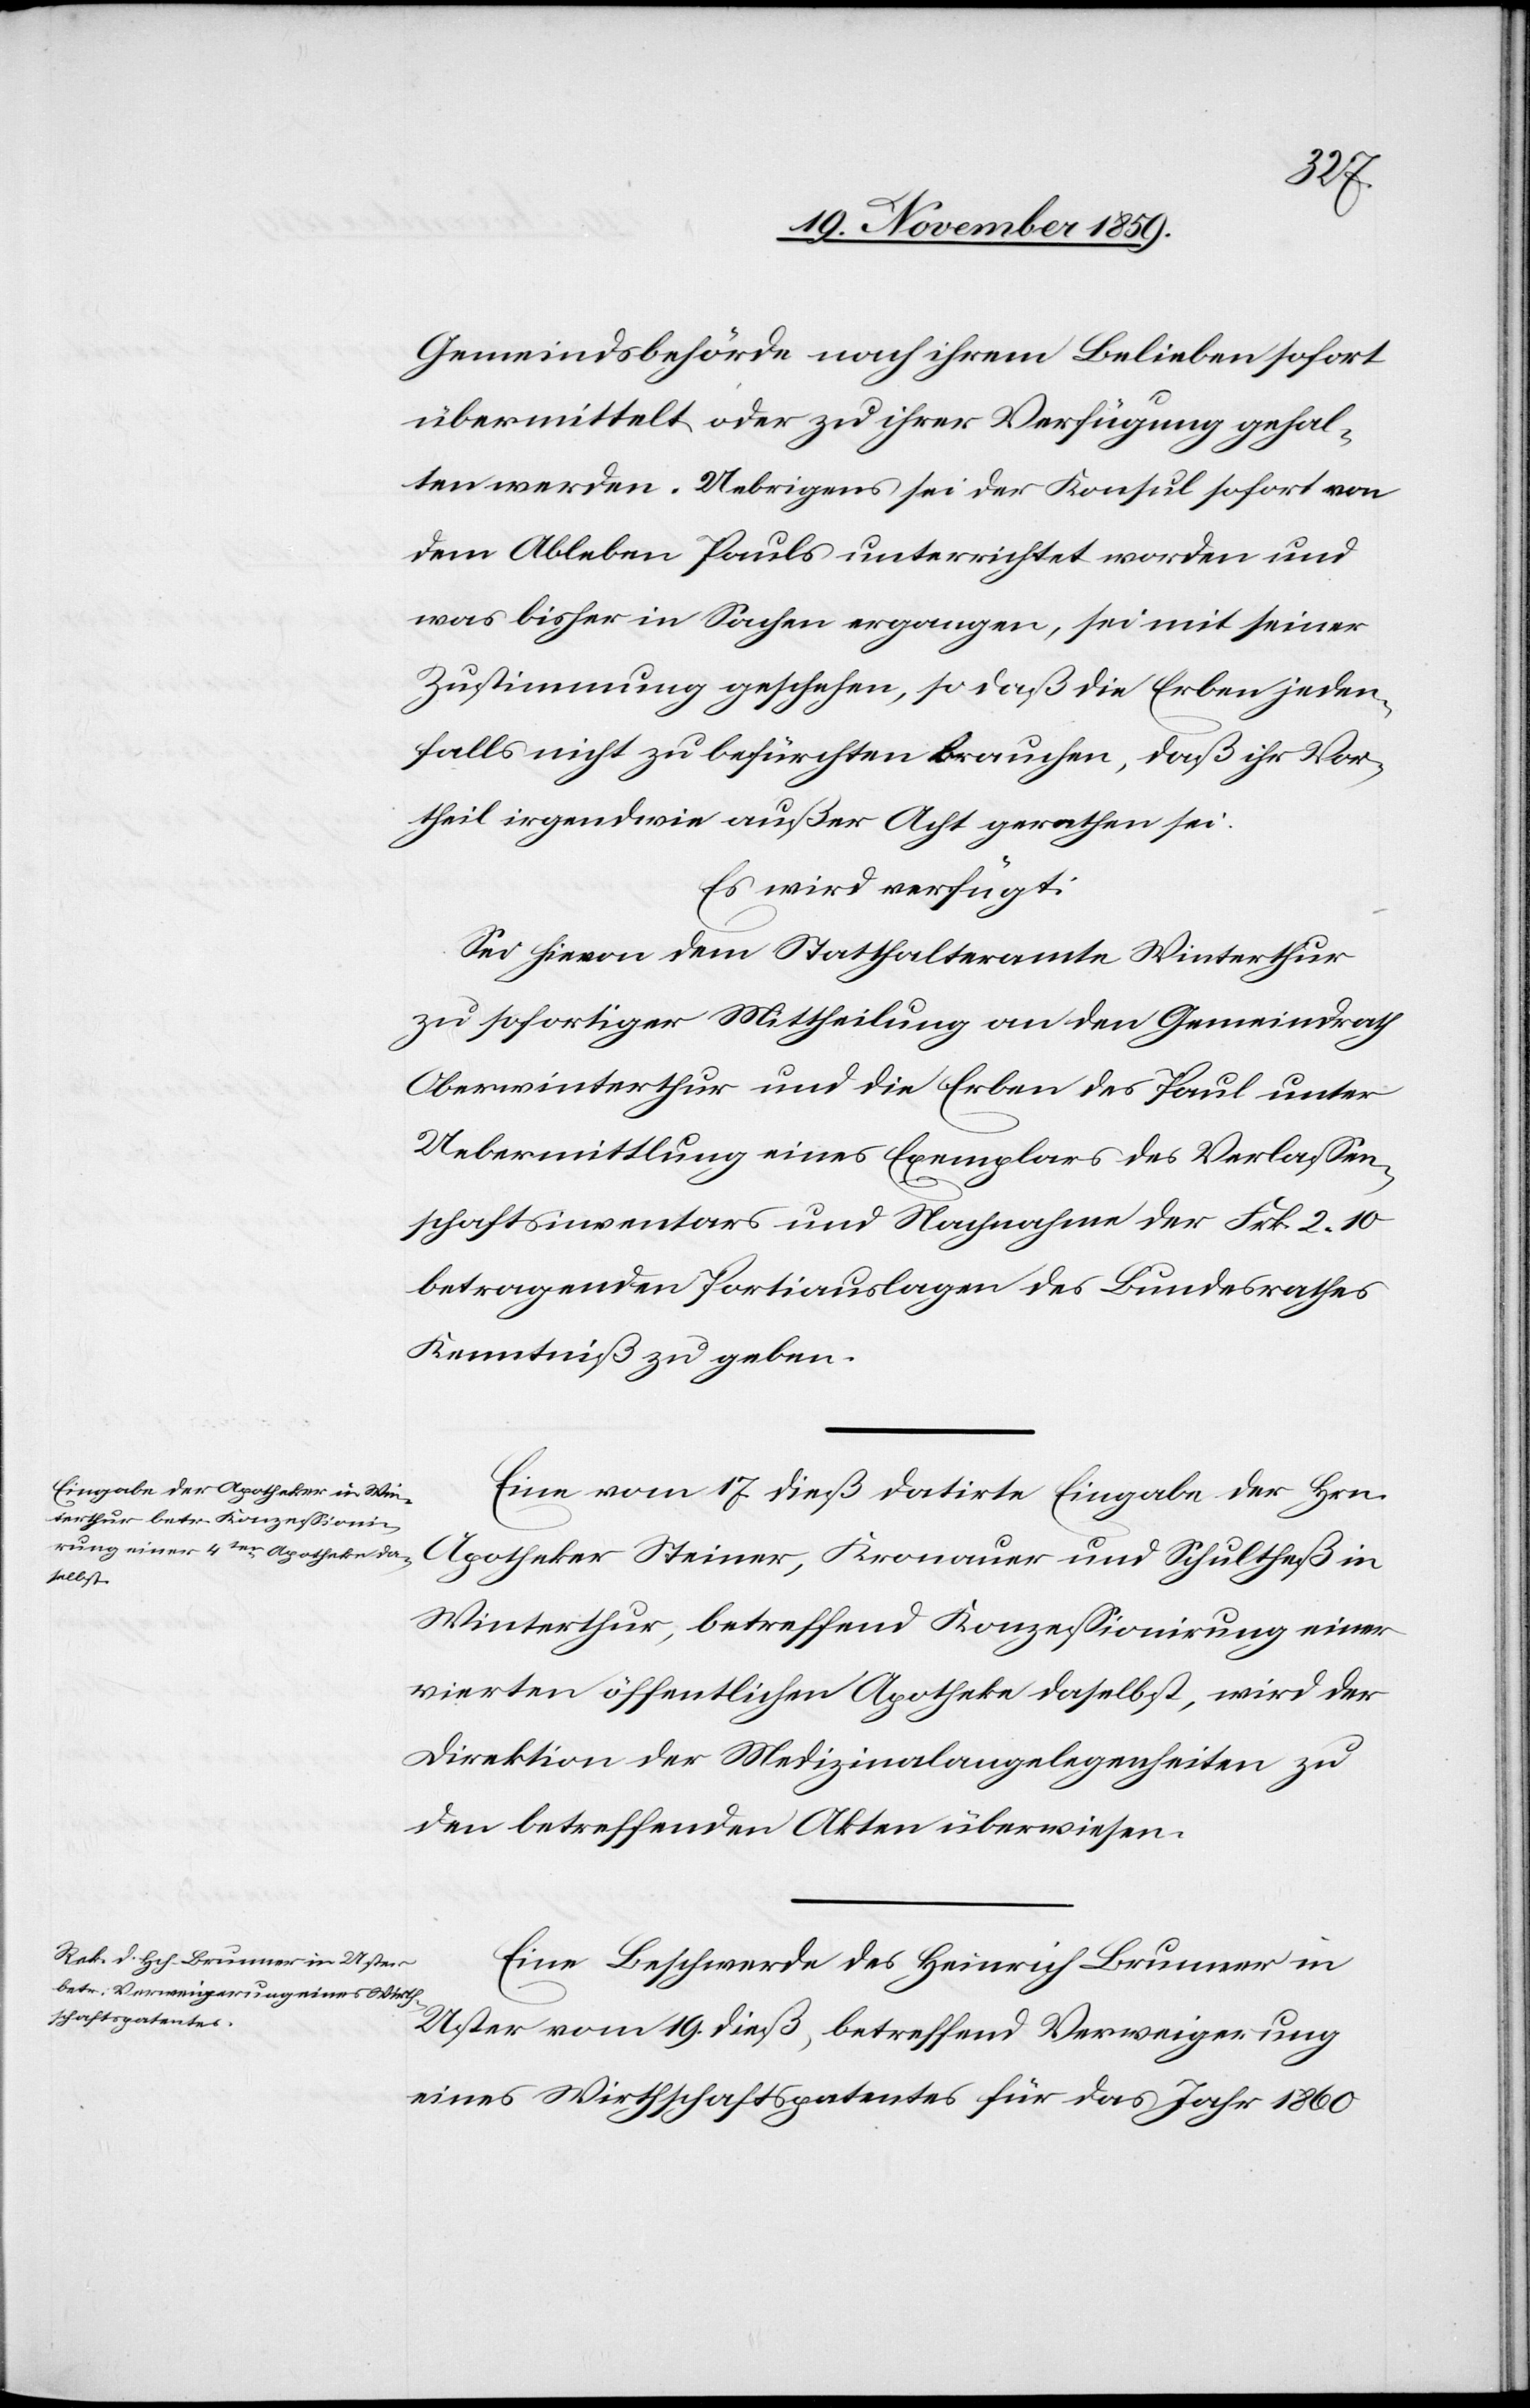
21. Novemb. 1859.]
Gemeindsbehörde nach ihrem Belieben sofort
übermittelt oder zu ihrer Verfügung gehal¬
ten werden. Uebrigens sei der Konsul sofort von
dem Ableben Pauls unterrichtet worden und
was bisher in Sachen ergangen, sei mit seiner
Zustimmung geschehen, so daß die Erben jeden¬
falls nicht zu befürchten brauchen, daß ihr Vor¬
theil irgendwie außer Acht gerathen sei.
Es wird verfügt:
Sei hievon dem Statthalteramte Winterthur
zu sofortiger Mittheilung an den Gemeindrath
Oberwinterthur und die Erben des Paul unter
Uebermittlung eines Exemplars des Verlassen¬
schaftsinventars und Nachnahme der Frk. 2 10
betragenden Portiauslagen des Bundesrathes
Kenntniß zu geben.
Eine vom 17 dieß datirte Eingabe der Hrn.
Apotheker Steiner, Kronauer und Schultheß in
Winterthur, betreffend Konzessionirung einer
vierten öffentlichen Apotheke daselbst, wird der
Direktion der Medizinalangelegenheiten zu
den betreffenden Akten überwiesen.
Eine Beschwerde des Heinrich Brunner in
Uster vom 19. dieß, betreffend Verweigerung
eines Wirthschaftspatentes für das Jahr 1860